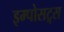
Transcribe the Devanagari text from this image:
इम्पोसट्र्स